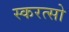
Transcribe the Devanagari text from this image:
स्करत्सो